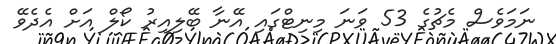
ނަމަވެސް މެޗުގެ 53 ވަނަ މިނިޓްގައި އޭނާ ބޭލިއިރު ކޯލް އަށް އެދެވޭ